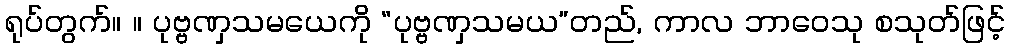
ရုပ်တွက်။ ။ ပုဗ္ဗဏှသမယေကို “ပုဗ္ဗဏှသမယ”တည်, ကာလ ဘာဝေသု စသုတ်ဖြင့်